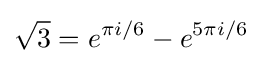
{\sqrt {3}}=e^{\pi i/6}-e^{5\pi i/6}